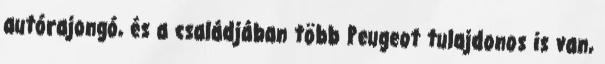
autórajongó, és a családjában több Peugeot tulajdonos is van,